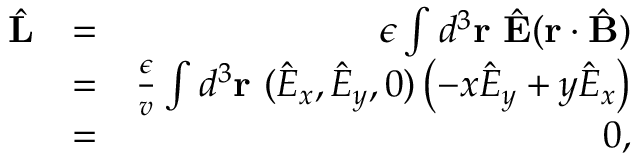
\begin{array} { r l r } { \hat { \bf L } } & { = } & { \epsilon \int d ^ { 3 } { \bf r } \ \hat { \bf E } ( { \bf r } \cdot \hat { \bf B } ) } \\ & { = } & { \frac { \epsilon } { v } \int d ^ { 3 } { \bf r } \ ( \hat { E } _ { x } , \hat { E } _ { y } , 0 ) \left( - x \hat { E } _ { y } + y \hat { E } _ { x } \right) } \\ & { = } & { 0 , } \end{array}